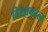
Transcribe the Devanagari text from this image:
दिशाबदल